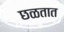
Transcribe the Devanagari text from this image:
छळतात